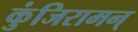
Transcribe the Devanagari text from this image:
कुंजिरामन्